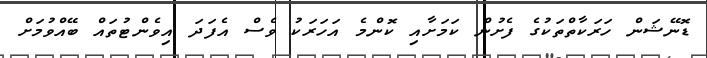
ޑޮނޭޝަން ހަރަކާތްތަކުގެ ފެށުން ކަމަށާއި ކޮންމެ އަހަރަކު ވެސް އެފަދަ އިވެންޓުތައް ބޭއްވުމަށް